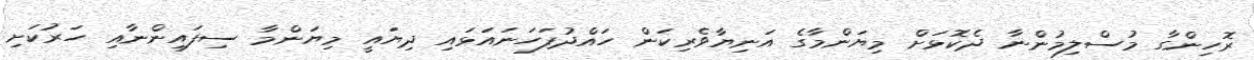
ރޮހިންގާ މުސްލިމުންނާ ދެކޮޅަށް މިޔަންމާގެ އަނިޔާވެރިކަން ހައްދުފަހަނައަޅައި ދިޔައީ މިޔަންމާ ސިފައިންނާއި ހަރުކަށި